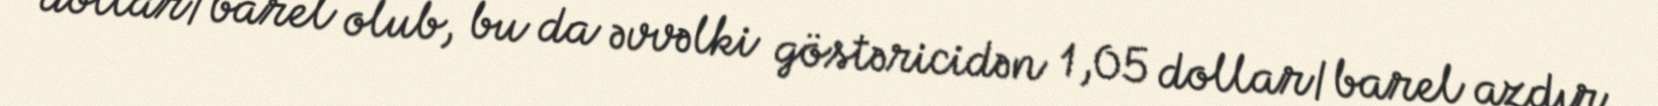
dollar/barel olub, bu da əvvəlki göstəricidən 1,05 dollar/barel azdır.